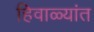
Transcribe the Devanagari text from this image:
हिवाळ्यांत